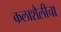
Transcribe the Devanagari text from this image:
कलाशैलीचा